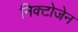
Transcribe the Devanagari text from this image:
निक्टोजेन